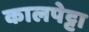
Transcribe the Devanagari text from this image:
कालपेट्टा